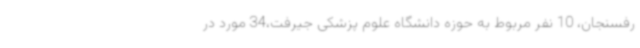
رفسنجان، 10 نفر مربوط به حوزه دانشگاه علوم پزشکی جیرفت،34 مورد در